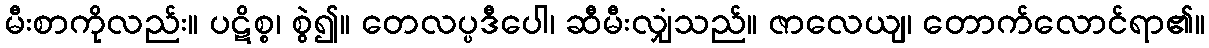
မီးစာကိုလည်း။ ပဋိစ္စ၊ စွဲ၍။ တေလပ္ပဒီပေါ၊ ဆီမီးလျှံသည်။ ဇာလေယျ၊ တောက်လောင်ရာ၏။